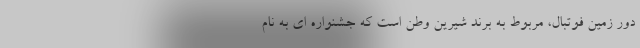
دور زمین فوتبال، مربوط به برند شیرین وطن است که جشنواره ای به نام